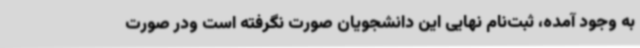
به وجود آمده، ثبت‌نام نهایی این دانشجویان صورت نگرفته است ودر صورت